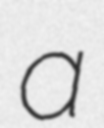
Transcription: a